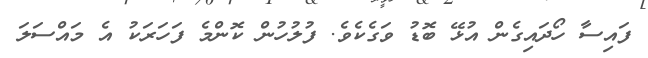
ފައިސާ ހޯދައިގެން އުޅޭ ބޮޑު ވަގެކެވެ. ފުލުހުން ކޮންމެ ފަހަރަކު އެ މައްސަލަ